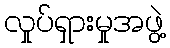
လှုပ်ရှားမှုအဖွဲ့